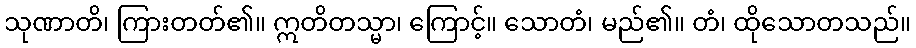
သုဏာတိ၊ ကြားတတ်၏။ ဣတိတသ္မာ၊ ကြောင့်။ သောတံ၊ မည်၏။ တံ၊ ထိုသောတသည်။